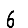
Digit: 6